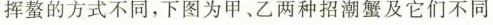
挥螯的方式不同，下图为甲、乙两种招潮蟹及它们不同